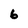
Character: 6